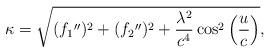
LaTeX: \begin{align*}\kappa =\sqrt{(f_{1}{}^{\prime \prime })^{2}+(f_{2}{}^{\prime \prime })^{2}+\frac{\lambda ^{2}}{c^{4}}\cos ^{2}\left( \frac{u}{c}\right) }, \end{align*}